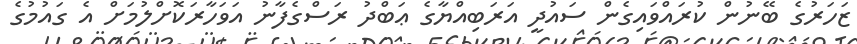
ޒަހަރުގެ ބޭނުން ކުރައްވައިގެން ސައުދީ އަރަބިއްޔާގެ ޢަބްދު ރަސްގެފާނު އަވަހާރަކޮށްލުމަށް އެ ގައުމުގެ